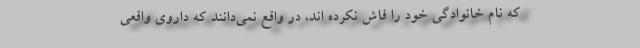
که نام خانوادگی خود را فاش نکرده اند، در واقع نمی‌دانند که داروی واقعی